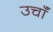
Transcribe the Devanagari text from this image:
उचॉं